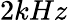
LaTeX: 2kHz